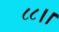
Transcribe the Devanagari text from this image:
८८।।